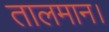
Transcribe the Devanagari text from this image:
तालमान।